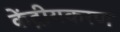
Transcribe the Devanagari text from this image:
केंद्रीयकरण